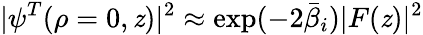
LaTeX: |\psi^{T}(\rho=0,\mathit{z})|^{2}\approx\exp(-2\bar{{\beta}}_{i})|F(\mathit{z})|^{2}